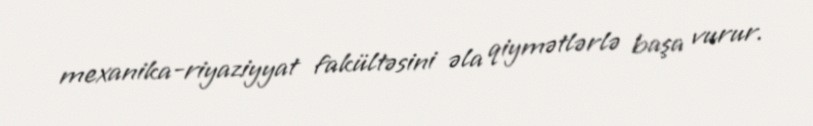
mexanika-riyaziyyat fakültəsini əla qiymətlərlə başa vurur.